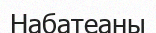
Набатеаны